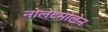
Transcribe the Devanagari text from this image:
नोलेटमोलेन